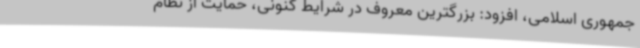
جمهوری اسلامی، افزود: بزرگترین معروف در شرایط کنونی، حمایت از نظام